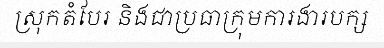
ស្រុកតំបែរ និងជាប្រធាក្រុមការងារបក្ស